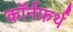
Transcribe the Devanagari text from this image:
कॉर्नफर्थ